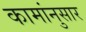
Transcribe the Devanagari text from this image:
कामांनुसार